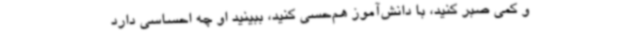
و کمی صبر کنید، با دانش‌آموز هم‌حسی کنید، ببینید او چه احساسی دارد